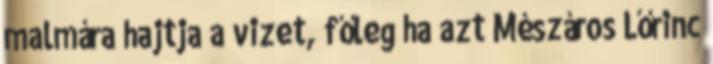
malmára hajtja a vizet, főleg ha azt Mészáros Lőrinc